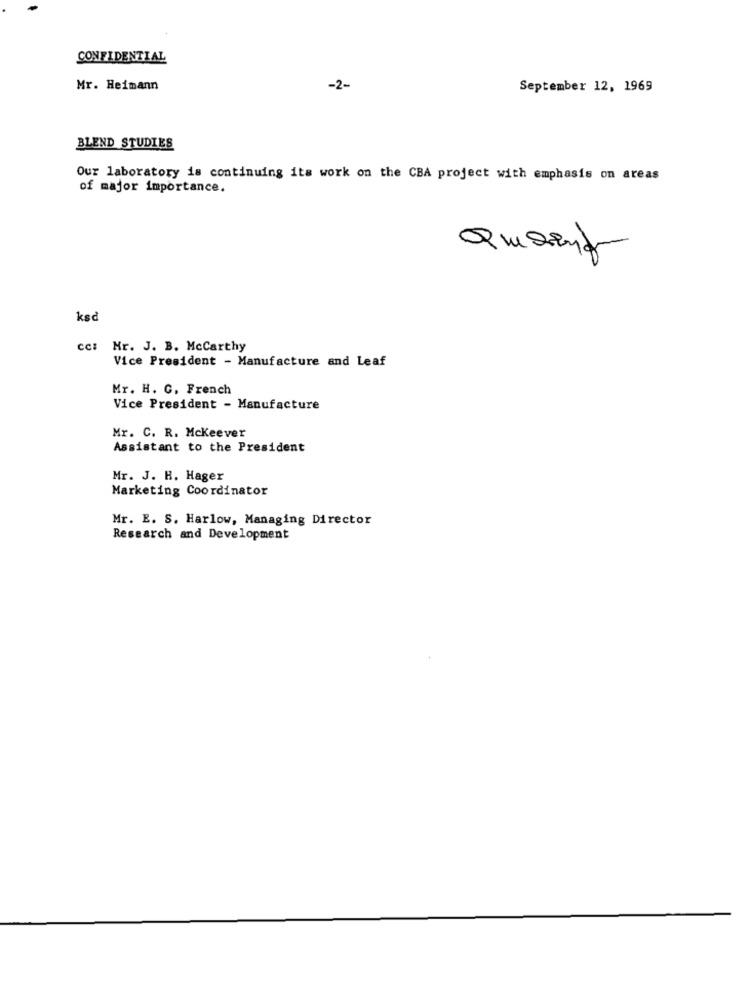
CONFIDENTIAL
Mr. Heimann
-2-
September 12, 1969
BLEND STUDIES
Our laboratory is continuing its work on the CBA project with emphasis on areas
of major importance.
Quesino
ksd
cc: Hr. J. B. Mccarthy
Vice President - Manufacture and Leaf
Mr. H. C. French
Vice President - Manufacture
Mr. C. R. Mckeever
Assistant to the President
Mr. J. H. Hager
Marketing Coordinator
Mr. E. S. Harlow, Managing Director
Research and Development